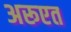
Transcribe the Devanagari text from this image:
अरूएत